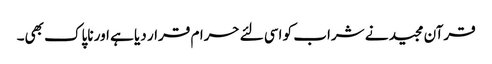
قرآن مجید نے شراب کو اسی لئے حرام قرار دیا ہے اور ناپاک بھی۔